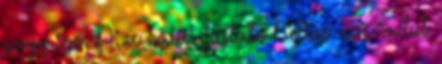
nagy szó. F1: a hátát fájlaló Bottas nem indul